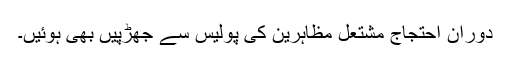
دوران احتجاج مشتعل مظاہرین کی پولیس سے جھڑپیں بھی ہوئیں۔